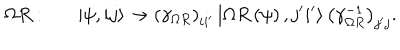
\Omega R : \left| \psi , i j \right> \rightarrow \left( \gamma _ { \Omega R } \right) _ { i i ^ { \prime } } \left| \Omega R \left( \psi \right) , j ^ { \prime } i ^ { \prime } \right> \left( \gamma _ { \Omega R } ^ { - 1 } \right) _ { j ^ { \prime } j } .